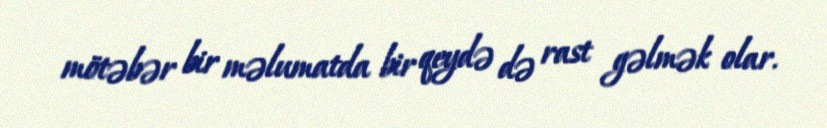
mötəbər bir məlumatda bir qeydə də rast gəlmək olar.